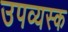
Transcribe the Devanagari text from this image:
उपव्यस्क